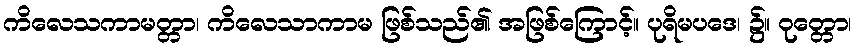
ကိလေသကာမတ္တာ၊ ကိလေသာကာမ ဖြစ်သည်၏ အဖြစ်ကြောင့်။ ပုရိမပဒေ၊ ၌။ ဝုတ္တော၊